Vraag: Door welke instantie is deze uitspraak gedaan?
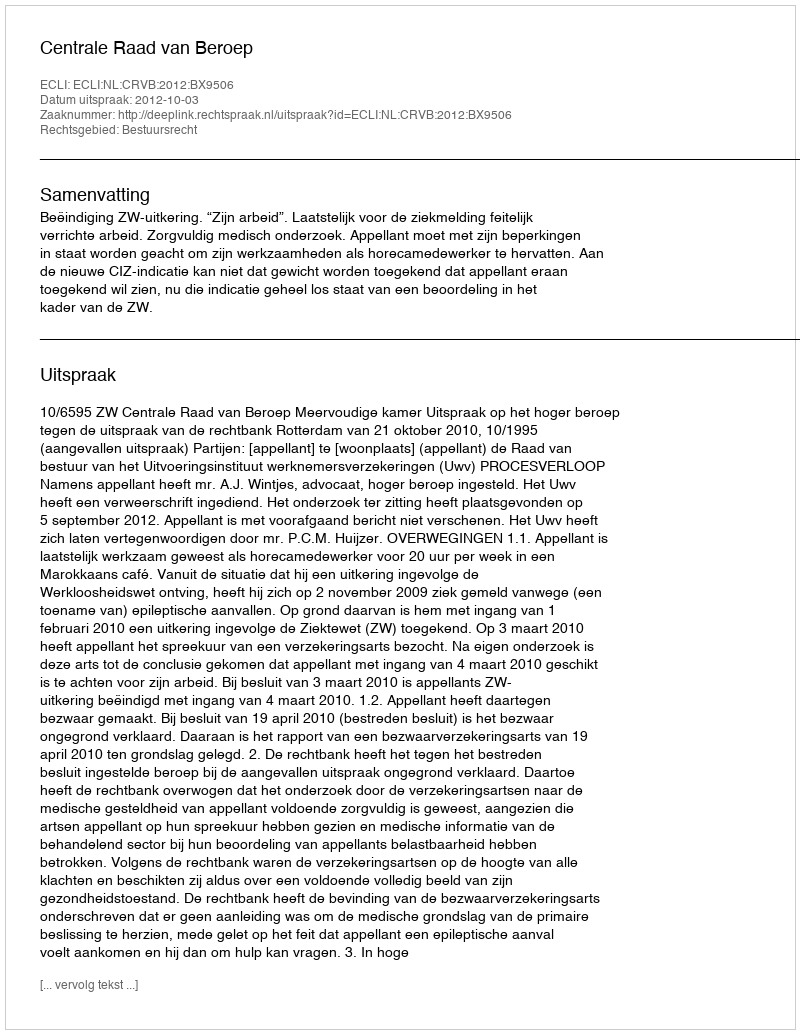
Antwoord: Centrale Raad van Beroep